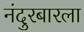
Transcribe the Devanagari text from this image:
नंदुरबारला